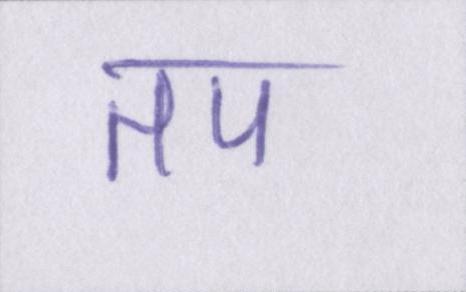
तप